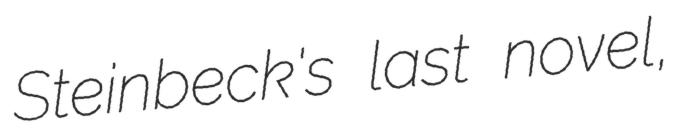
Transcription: Steinbeck's last novel,